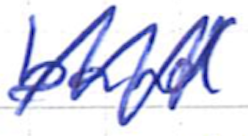
Text: band
Cross-out: mix
Writing tool: ballpoint